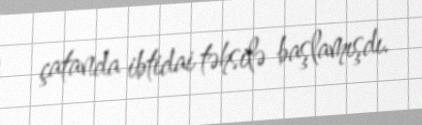
çatanda ibtidai təhsilə başlamışdı.